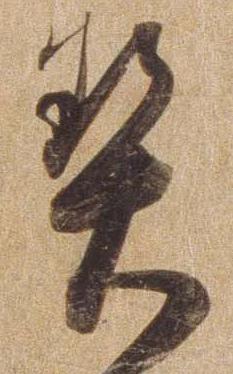
契